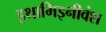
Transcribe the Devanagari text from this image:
इथामिइनीवंश